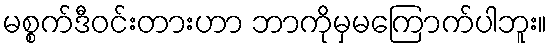
မစ္စက်ဒီဝင်းတားဟာ ဘာကိုမှမကြောက်ပါဘူး။